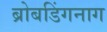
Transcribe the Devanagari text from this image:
ब्रोबडिंगनाग